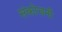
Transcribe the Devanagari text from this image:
संकोचनी